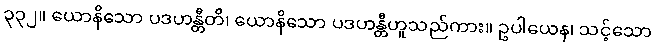
၃၃၂။ ယောနိသော ပဒဟန္တီတိ၊ ယောနိသော ပဒဟန္တီဟူသည်ကား။ ဥပါယေန၊ သင့်သော